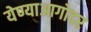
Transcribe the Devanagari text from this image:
येण्याआगोदर